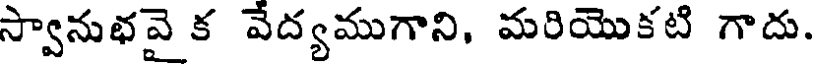
స్వానుభవై క వేద్యముగాని, మరియొకటి గాదు.